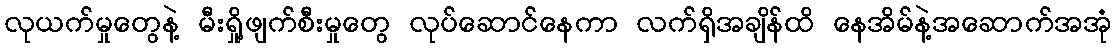
လုယက်မှုတွေနဲ့ မီးရှို့ဖျက်စီးမှုတွေ လုပ်ဆောင်နေကာ လက်ရှိအချိန်ထိ နေအိမ်နဲ့အဆောက်အအုံ